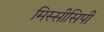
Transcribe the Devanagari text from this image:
मिस्सीसिपी